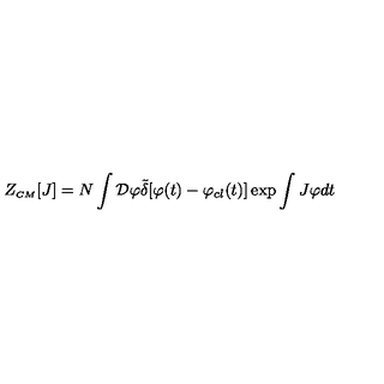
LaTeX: Z _ { \scriptscriptstyle C M } [ J ] = N \int { \cal D } \varphi { \tilde { \delta } } [ \varphi ( t ) - \varphi _ { c l } ( t ) ] \exp \int J \varphi d t